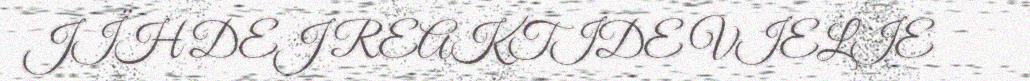
JÏH DEJ REAKTIDE VIELIE